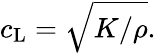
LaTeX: c_{\mathrm{L}}=\sqrt{K/\rho}.